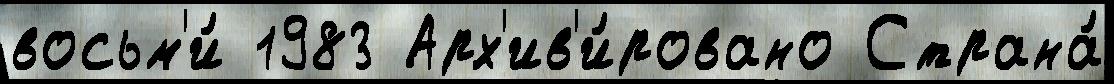
восьм'и́ 1983 Арх'ив'и́ровано Страна́